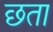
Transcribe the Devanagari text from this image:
छता